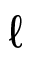
\ell